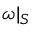
\omega | _ { S }